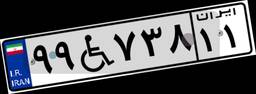
۹۹W۷۳۸۱۱